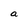
Character: a